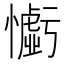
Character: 𢣧